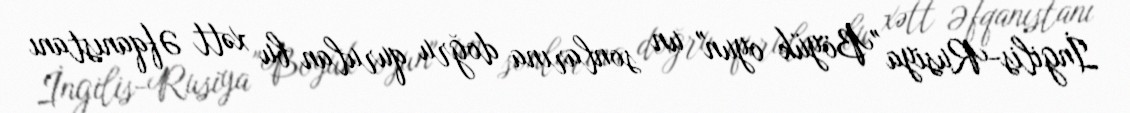
İngilis-Rusiya "Böyük oyun" un sonlarına doğru qurulan bu xətt Əfqanıstanı